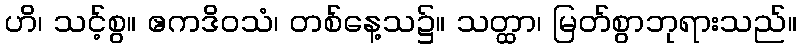
ဟိ၊ သင့်စွ။ ဧကဒိဝသံ၊ တစ်နေ့သ၌။ သတ္ထာ၊ မြတ်စွာဘုရားသည်။